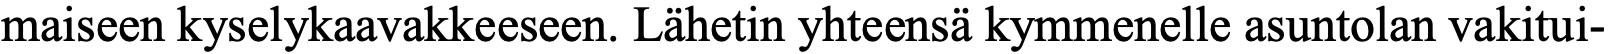
maiseen kyselykaavakkeeseen. Lähetin yhteensä kymmenelle asuntolan vakitui-